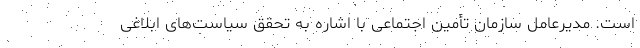
است. مدیرعامل سازمان تأمین اجتماعی با اشاره به تحقق سیاست‌های ابلاغی